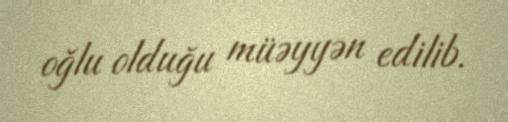
oğlu olduğu müəyyən edilib.